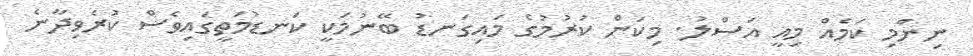
ނިންމި ކަމެއް މިއީ އަސްލު. މިކަން ކުރުމުގެ މައިގަނޑު ބޭނުމަކީ ކަނޑުމަތީގައިވެސް ކުރެވިދާނެ